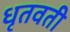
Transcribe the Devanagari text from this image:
धृतवती